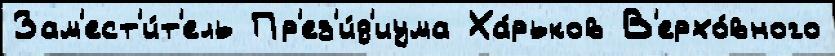
Зам'ест'и́т'ель Пр'ез'и́д'иума Ха́рьков В'ерхо́вного